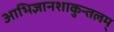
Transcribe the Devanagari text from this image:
आभिज्ञानशाकुन्तलम्